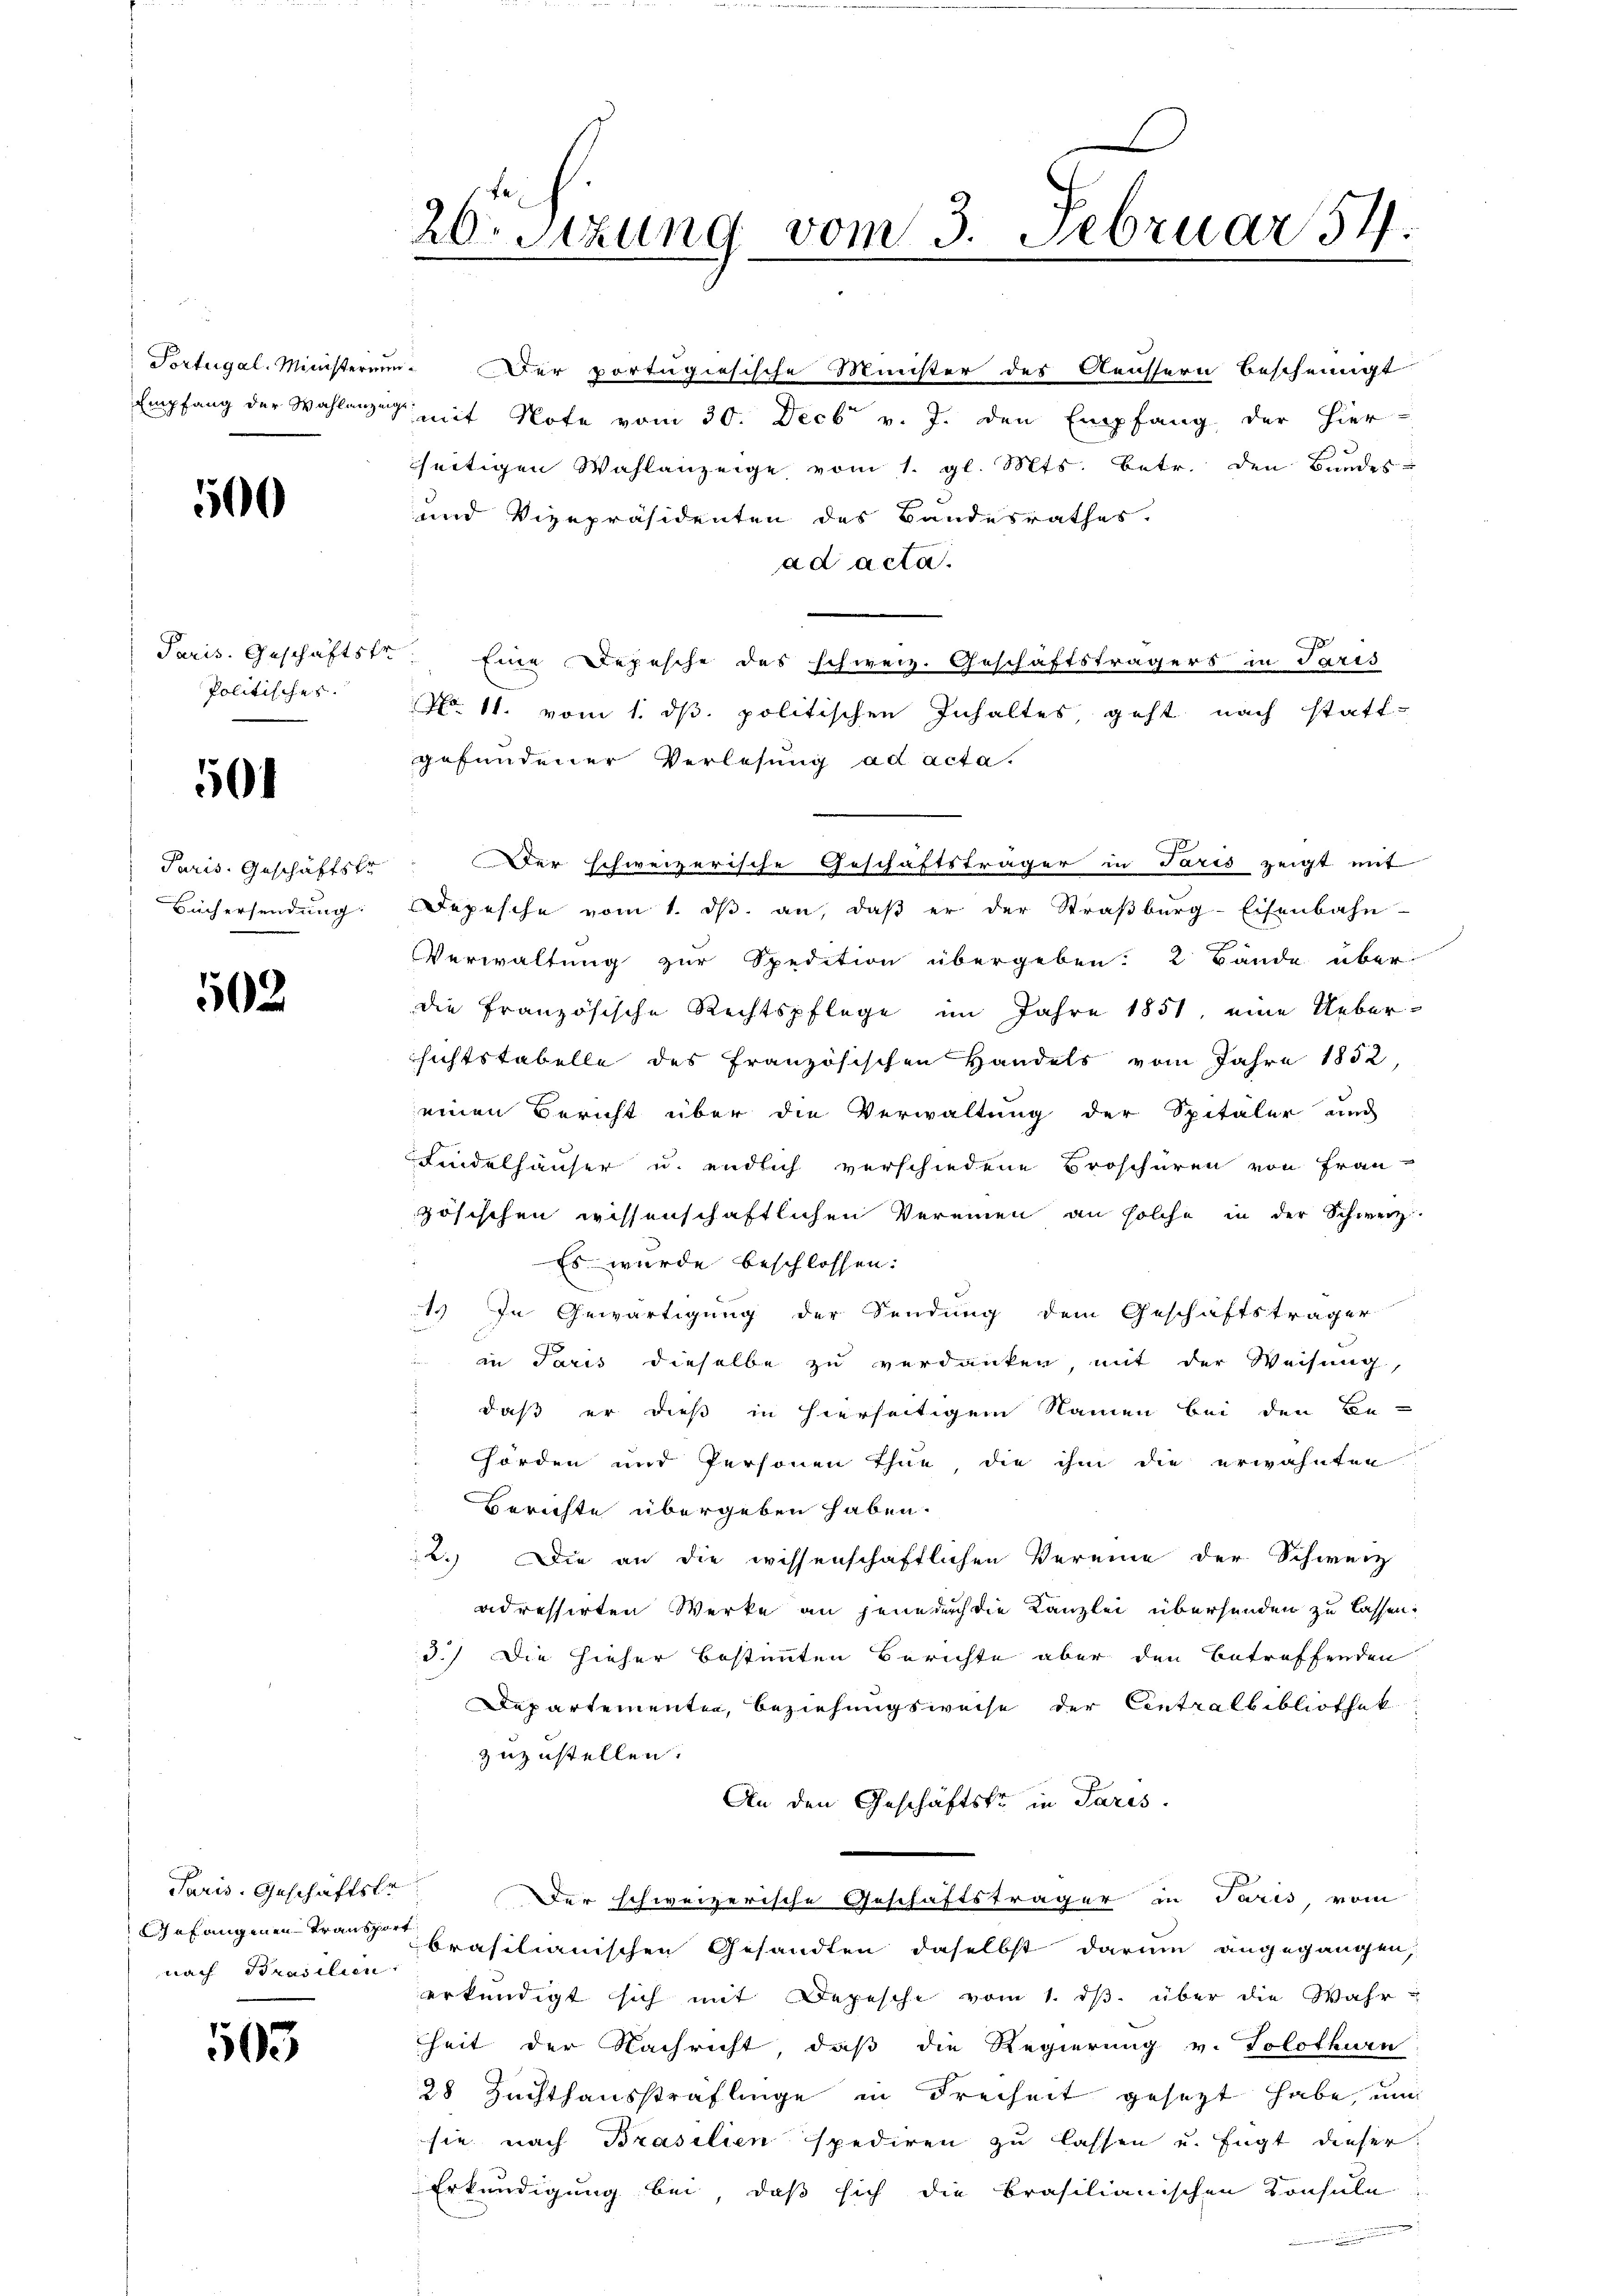
500

Politisches.

501

Büchersendung

562.

nach Brasilien.

503

Portugal. Ministerium. Der portugiesische Minister des Aeussern bescheinigt
Empfang der Wahlanzen mit Note vom 30. Decbr v. J. den Empfang der hier-
seitigen Wahlanzeige vom 1. gl. Mts. betr. den Bundes-
und Vizepräsidenten des Bandesrathes.
ad acta.
.
Paris. Geschäftste. Eine Depesche des schweiz. Geschäftsträgers in Paris
No. 11. vom 1. ds. politischen Inhaltes, geht nach statt-
gefundener Verlesung ad acta.
Paris. Geschäftstr. Der schweizerische Geschäftsträger in Paris zeigt mit
Depesche vom 1. ds. an, daß er der Straßburg-Eisenbahn-
Verwaltung zur Spedition übergeben: 2 Bände über-
die französische Rechtspflege im Jahre 1851, eine Uebersichtstabelle des Französischen Handels vom Jahre 1852
einen Bericht über die Verwaltung der Spitaler und
Findelhäuser u. endlich verschiedene Broschüren von Frau
zösischen wissenschaftlichen Vereinen an solche in der Schweiz
Es wurde beschlossen:
1.) In Gewärtigung der Sendung dem Geschäftsträger
in Paris dieselbe zu verdanken, mit der Weisung,
daß er dieß in hierseitigem Namen bei den Be-
hörden und Personen thue die ihm die erwähnten
Berichte übergeben haben.
2.) Die an die wissenschaftlichen Vereine der Schweiz
adressirten Werke an jene durch die Kanzlei übersenden zu lassen.
3.) Die hieher bestimmten Berichte aber den Betreffenden
Departementen, Beziehungsweise der Centralbibliothek.
zuzustellen.
An den Geschäftsko in Paris.
Paris. Geschäftste. Der schweizerische Geschäftsträger in Paris, vom
Gefangenen Transprasilianischen Gesandten daselbst darum angegangen,
erkündigt sich mit Depesche vom 1. ds. über die Wahr-
heit der Nachricht, daß die Regierung v. Solothurn,
28 Zuchthaussträflinge in Freiheit gesetzt habe, un
sie nach Brasilien spediren zu lassen u. Eugt dieser
Erkundigung bei, daß sich die Brasilianischen Konsula

20 Stzung vom 3. Februar 54.